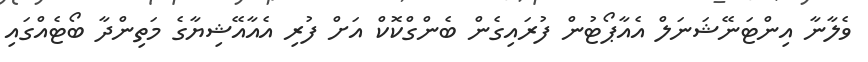
ވެލާނާ އިންޓަނޭޝަނަލް އެއާޕޯޓުން ފުރައިގެން ބެންގްކޮކް އަށް ފުރި އެއާއޭޝިޔާގެ މަތިންދާ ބޯޓެއްގައި